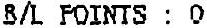
B/L POINTS : 0